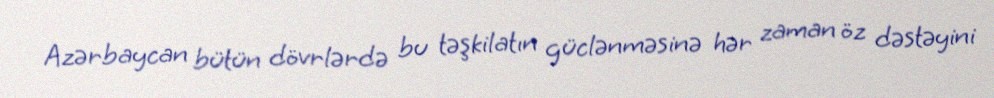
Azərbaycan bütün dövrlərdə bu təşkilatın güclənməsinə hər zaman öz dəstəyini